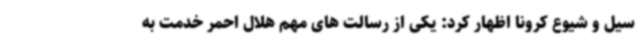
سیل و شیوع کرونا اظهار کرد: یکی از رسالت های مهم هلال احمر خدمت به